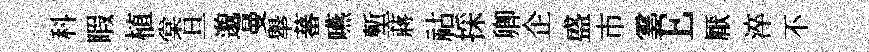
科睱植棠旦邈曼舉蕃嚥塹蔣祜採卿企盛市霎E厭淬不